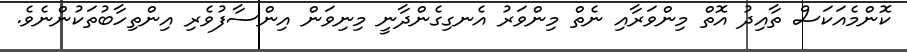
ކޮންމެއަކަސް ތާއިދު އޮތް މިންވަރާއި ނެތް މިންވަރު އެނގިގެންދާނީ މިނިވަން އިންސާފުވެރި އިންތިހާބުތަކުންނެވެ.